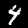
Label: 4